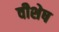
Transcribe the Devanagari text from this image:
वीशेष